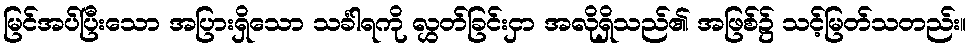
မြင်အပ်ပြီးသော အပြားရှိသော သင်္ခါရကို လွှတ်ခြင်းငှာ အလိုရှိသည်၏ အဖြစ်၌ သင့်မြတ်သတည်း။